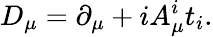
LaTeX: D_{\mu}=\partial_{\mu}+iA_{\mu}^{i}t_{i}.